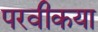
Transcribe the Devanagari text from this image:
परवीकया